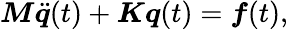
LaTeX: \boldsymbol{M}\ddot{\boldsymbol{q}}(t)+\boldsymbol{K}\boldsymbol{q}(t)=\boldsymbol{f}(t),